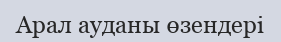
Арал ауданы өзендері